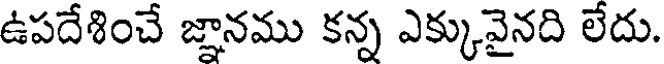
ఉపదేశించే జ్ఞానము కన్న ఎక్కువైనది లేదు.